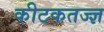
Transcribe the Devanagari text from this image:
कीटकतज्ज्ञ